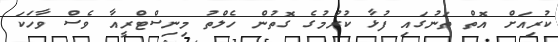
ކުރިއަށް އޮތް ތަނުގައި ފުޅާ ކުރުމުގެ ގޮތުން ހެލްތު މިނިސްޓްރީއާ ވެސް ވާހަކަ